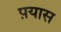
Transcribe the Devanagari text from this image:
प़यास